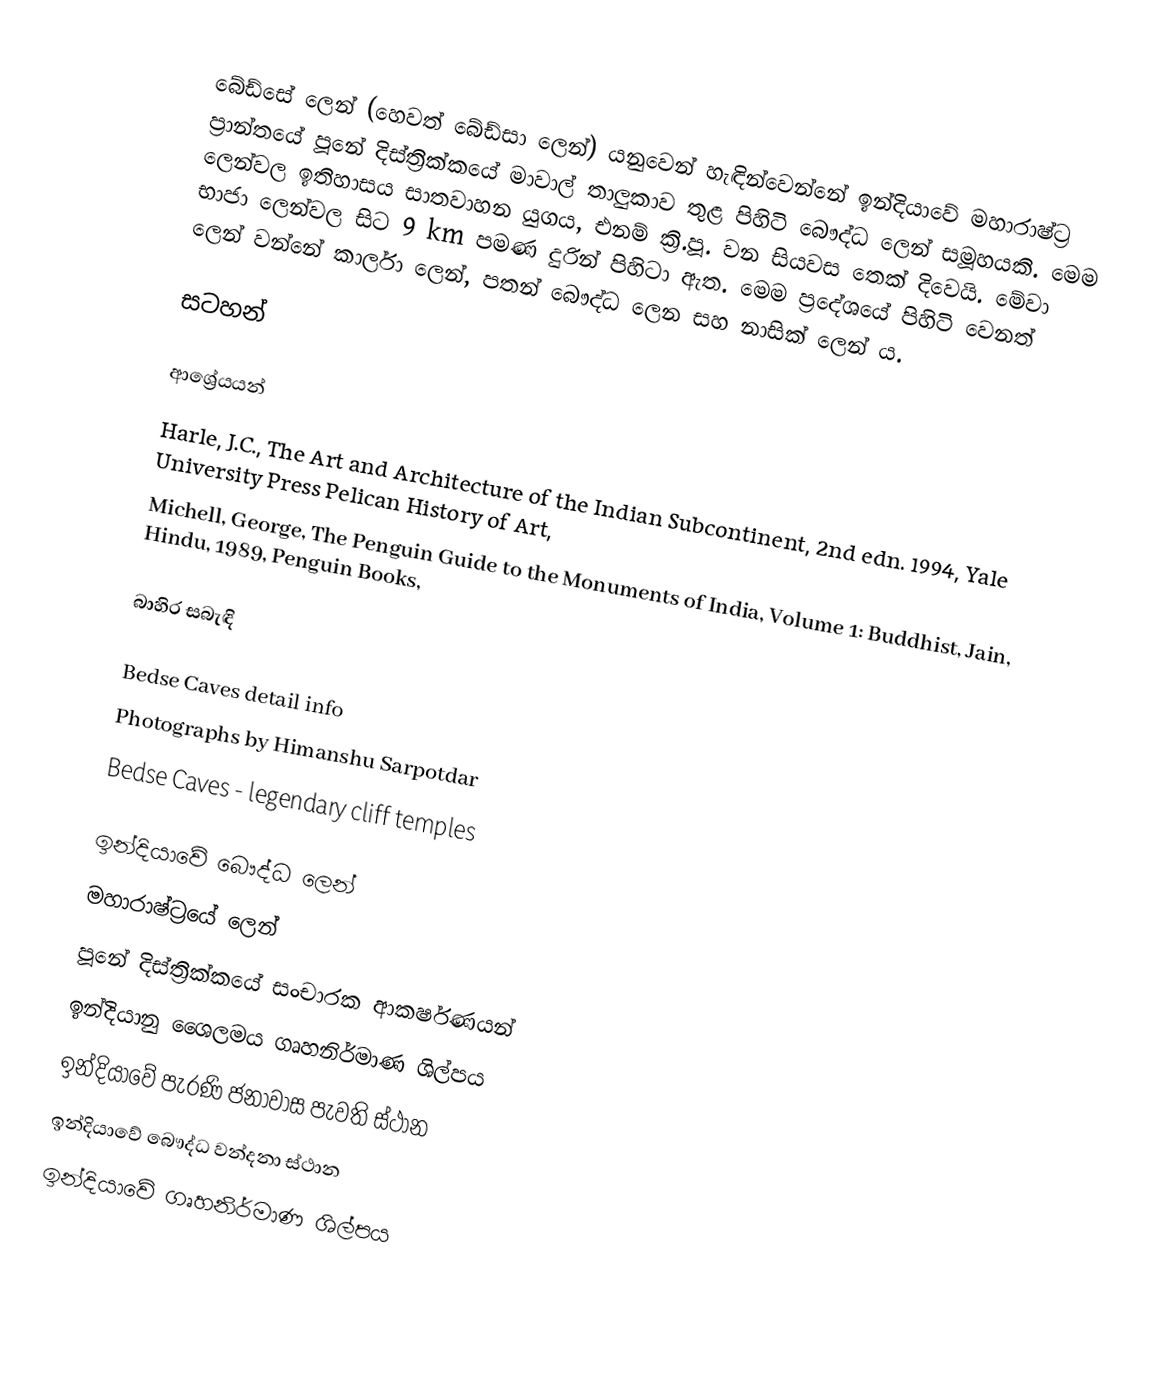
බේඩ්සේ ලෙන් (හෙවත් බේඩ්සා ලෙන්) ‍යනුවෙන් හැඳින්වෙන්නේ ඉන්දියාවේ මහාරාෂ්ට්‍ර ප්‍රාන්තයේ පූනේ දිස්ත්‍රික්කයේ මාවාල් තාලුකාව තුළ පිහිටි බෞද්ධ ලෙන් සමූහයකි. මෙම ලෙන්වල ඉතිහාසය සාතවාහන යුගය, එනම් ක්‍රි.පූ. වන සියවස තෙක් දිවෙයි. මේවා භාජා ලෙන්වල සිට 9 km පමණ දුරින් පිහිටා ඇත. මෙම ප්‍රදේශයේ පිහිටි වෙනත් ලෙන් වන්නේ කාර්ලා ලෙන්, පතන් බෞද්ධ ලෙන සහ නාසික් ලෙන් ය.

සටහන්

ආශ්‍රේයයන්
Harle, J.C., The Art and Architecture of the Indian Subcontinent, 2nd edn. 1994, Yale University Press Pelican History of Art,
Michell, George, The Penguin Guide to the Monuments of India, Volume 1: Buddhist, Jain, Hindu, 1989, Penguin Books,

බාහිර සබැඳි

 Bedse Caves detail info
 Photographs by Himanshu Sarpotdar
 Bedse Caves - legendary cliff temples

ඉන්දියාවේ බෞද්ධ ලෙන්
මහාරාෂ්ට්‍රයේ ලෙන්
පූනේ දිස්ත්‍රික්කයේ සංචාරක ආකර්ෂණයන්
ඉන්දියානු ශෛලමය ගෘහනිර්මාණ ශිල්පය
ඉන්දියාවේ පැරණි ජනාවාස පැවති ස්ථාන
ඉන්දියාවේ බෞද්ධ වන්දනා ස්ථාන
ඉන්දියාවේ ගෘහනිර්මාණ ශිල්පය